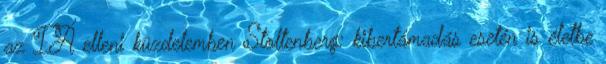
az IÁ elleni küzdelemben Stoltenberg: kibertámadás esetén is életbe